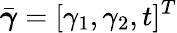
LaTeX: \bar{\boldsymbol{\gamma}}=[\gamma_{1},\gamma_{2},t]^{T}